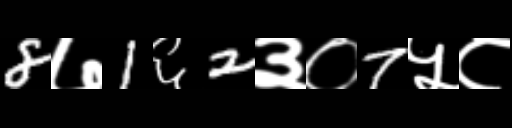
Text: 8७1६2३०7५८